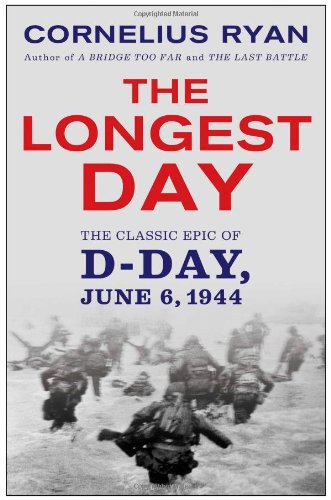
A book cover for The Longest Day: The Classic Epic of D-Day; Cornelius Ryan; History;